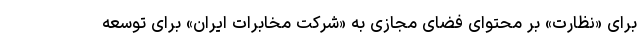
برای «نظارت» بر محتوای فضای مجازی به «شرکت مخابرات ایران» برای توسعه